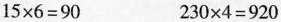
$$15\times 6=90$$ $$230\times 4=920$$